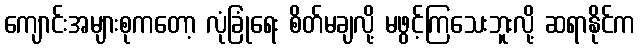
ကျောင်းအများစုကတော့ လုံခြုံရေး စိတ်မချလို့ မဖွင့်ကြသေးဘူးလို့ ဆရာနိုင်က